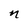
Character: n